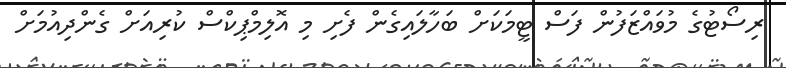
ރިސޯޓުގެ މުވައްޒަފުން ފަސް ޓީމަކަށް ބަހާލައިގެން ފެށި މި އޮލިމްޕިކްސް ކުރިއަށް ގެންދިއުމަށް